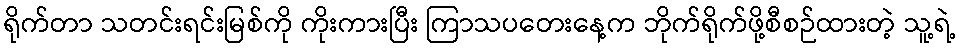
ရိုက်တာ သတင်းရင်းမြစ်ကို ကိုးကားပြီး ကြာသပတေးနေ့က ဘိုက်ရိုက်ဖို့စီစဉ်ထားတဲ့ သူ့ရဲ့